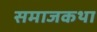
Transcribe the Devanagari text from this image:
समाजकथा